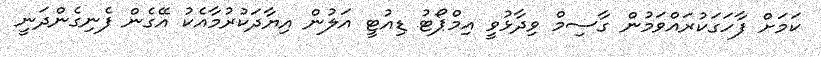
ކަމަށް ފާހަގަކުރައްވަމުން ގާސިމް ވިދާޅުވީ އިމްޕޯޓު ޑިއުޓީ އަލުން އިޔާދަކުރުމާއެކު އޭގެން ފެނިގެންދަނީ